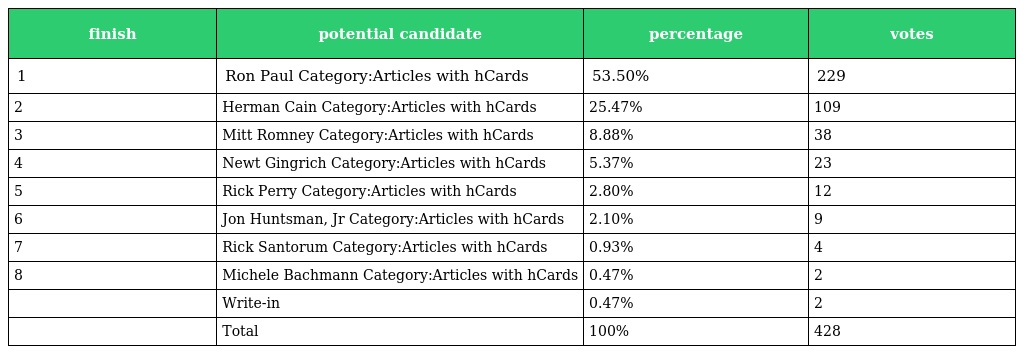
| finish | potential candidate | percentage | votes |
 | --- | --- | --- | --- |
 | 1 | Ron Paul Category:Articles with hCards | 53.50% | 229 |
 | 2 | Herman Cain Category:Articles with hCards | 25.47% | 109 |
 | 3 | Mitt Romney Category:Articles with hCards | 8.88% | 38 |
 | 4 | Newt Gingrich Category:Articles with hCards | 5.37% | 23 |
 | 5 | Rick Perry Category:Articles with hCards | 2.80% | 12 |
 | 6 | Jon Huntsman, Jr Category:Articles with hCards | 2.10% | 9 |
 | 7 | Rick Santorum Category:Articles with hCards | 0.93% | 4 |
 | 8 | Michele Bachmann Category:Articles with hCards | 0.47% | 2 |
 |  | Write-in | 0.47% | 2 |
 |  | Total | 100% | 428 |